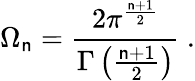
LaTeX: \Omega_{\mathsf{n}}=\frac{{2\pi^{\frac{{\mathsf{n}+1}}{{2}}}}}{{\Gamma\left(\frac{{\mathsf{n}+1}}{{2}}\right)}}\ .